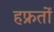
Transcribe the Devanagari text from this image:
हफ्रतों